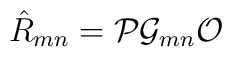
\hat{R}_{mn} = {\cal P} {\cal G}_{mn} {\cal O} \,